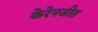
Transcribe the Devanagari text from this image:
केरेनजीत